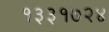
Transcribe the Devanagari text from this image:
१३३१७२४